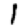
Digit: 1